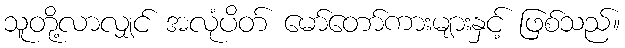
သူတို့လာလျှင် အလုံပိတ် မော်တော်ကားများနှင့် ဖြစ်သည်။